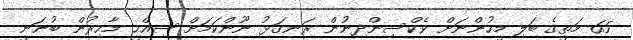
65 މަތީގެ ބަލި މީހުންނަށް ވެކްސިންދިނުން ރަނގަޅު ނޫންކަމަށް ސިއްޙީ މާހިރުން ބުނަނީ